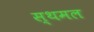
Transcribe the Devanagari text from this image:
स्थमल